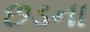
છડના